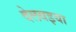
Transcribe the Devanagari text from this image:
देलवइया